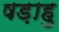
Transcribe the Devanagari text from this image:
षड़ाहु